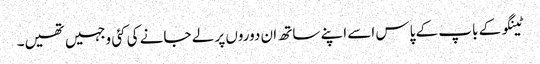
ٹینگو کے باپ کے پاس اسے اپنے ساتھ ان دوروں پر لے جانے کی کئی وجہیں تھیں۔